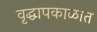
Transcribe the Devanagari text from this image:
वृद्धापकाळात